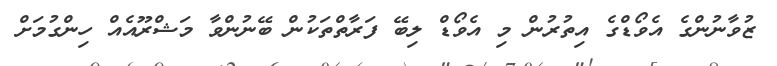
ޒުވާނުންގެ އެވޯޑްގެ އިތުރުން މި އެވޯޑް ލިބޭ ފަރާތްތަކުން ބޭނުންވާ މަޝްރޫއެއް ހިންގުމަށް